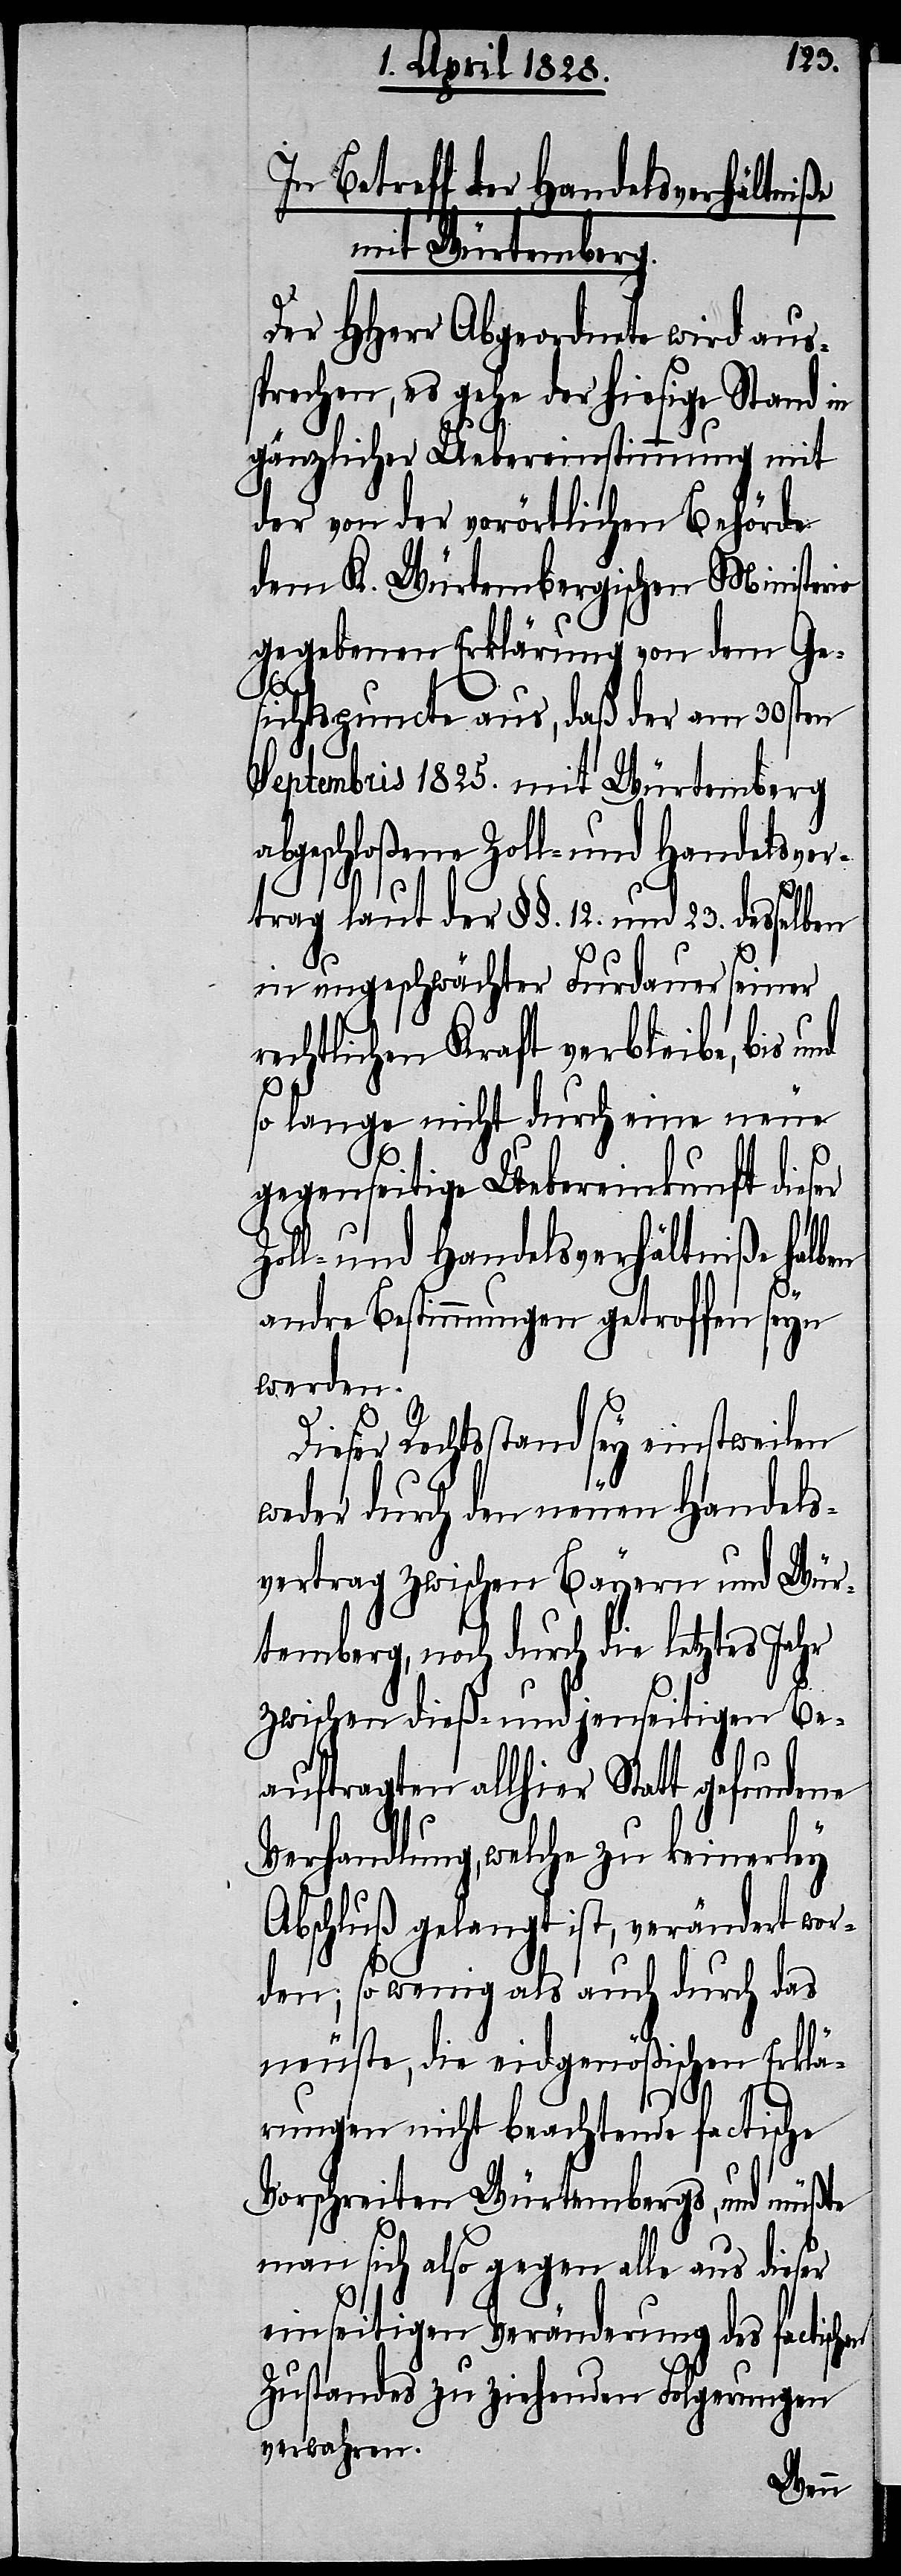
In Betreff der Handelsverhältniße
mit Würtemberg.
Der HHerr Abgeordnete wird aus¬
sprechen, es gehe der hiesige Stand in
gänzlicher Uebereinstimmung mit
der von der vorörtlichen Behörde
dem K. Würtembergischen Ministerio
gegebenen Erklärung von dem Ge¬
sichtspuncte aus, daß der am 30sten
Septembris 1825. mit Würtemberg
abgeschloßene Zoll- und Handelsver¬
trag laut der §§. 12. und 23. desse¬
in ungeschwächter Furdauer seiner
rechtlichen Kraft verbleibe, bis und
so lange nicht durch eine neue
gegenseitige Uebereinkunft die¬
Zoll- und Handelsverhältniße halben
ser
andre Bestimmungen getroffen seyn
werden.
Dieser Rechtsstand sey einstweilen
weder durch den neuen Handels¬
vertrag zwischen Bayern und Wür¬
temberg, noch durch die letztes Jahr
zwischen dieß- und jenseitigen Be¬
auftragten allhier Statt gefundene
Verhandlung, welche zu keinerley
Abschluß gelangt ist, verändert wor¬
den; so wenig als auch durch das
neuste, die eidgenößischen Erklä¬
rungen nicht beachtende factische
Vorschreiten Würtembergs, und müßte
man sich also gegen alle aus dieser
einseitigen Veränderung des factisch¬
Zustandes zu ziehenden Folgerung
verwahren.
en